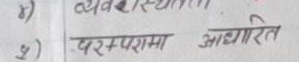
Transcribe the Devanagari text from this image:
व्यवस्था आधारित
परम्परामा आधारित